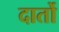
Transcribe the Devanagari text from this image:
दार्तो